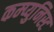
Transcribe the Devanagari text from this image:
कम्प्युनिस्ट